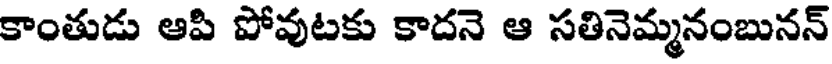
కాంతుడు ఆపి పోవుటకు కాదనె ఆ సతినెమ్మనంబునన్